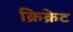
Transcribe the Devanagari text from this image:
क्रिक्रेट